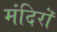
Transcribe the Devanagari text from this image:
मंदिरॊ